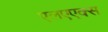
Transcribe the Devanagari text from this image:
एलएएक्स